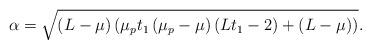
LaTeX: \begin{align*}\alpha=\sqrt{\left(L-\mu\right)\left(\mu_pt_1\left(\mu_p-\mu\right)\left(Lt_1-2\right)+\left(L-\mu\right)\right)}.\end{align*}